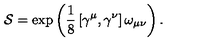
\mathcal { S } = \exp \left( \mathrm { \frac { 1 } { 8 } } \left[ \gamma ^ { \mu } , \gamma ^ { \nu } \right] \omega _ { \mu \nu } \right) .